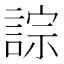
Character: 誴